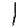
Digit: 1